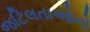
જટિલતાઓનો